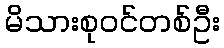
မိသားစုဝင်တစ်ဦး